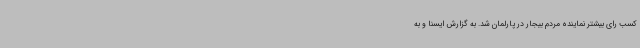
کسب رای بیشتر نماینده مردم بیجار در پارلمان شد. به گزارش ایسنا و به